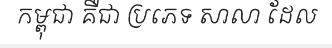
កម្ពុជា គឺជា ប្រភេទ សាលា ដែល